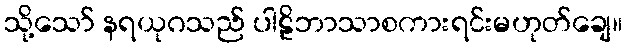
သို့သော် နရယုဂသည် ပါဠိဘာသာစကားရင်းမဟုတ်ချေ။